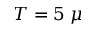
T = 5 \; \mu